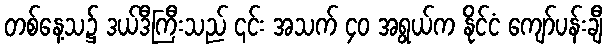
တစ်နေ့သ၌ ဒယ်ဒီကြီးသည် ၎င်း အသက် ၄၀ အရွယ်က နိုင်ငံ ကျော်ပန်းချီ